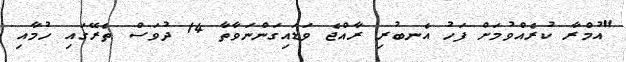
"އުމްރާ ކުރެއްވުމަށް ފަހު އެނބުރި ރާއްޖެ ވަޑައިގަންނަވާތާ 14 ދުވަސް ތެރޭގައި ހުމާއި